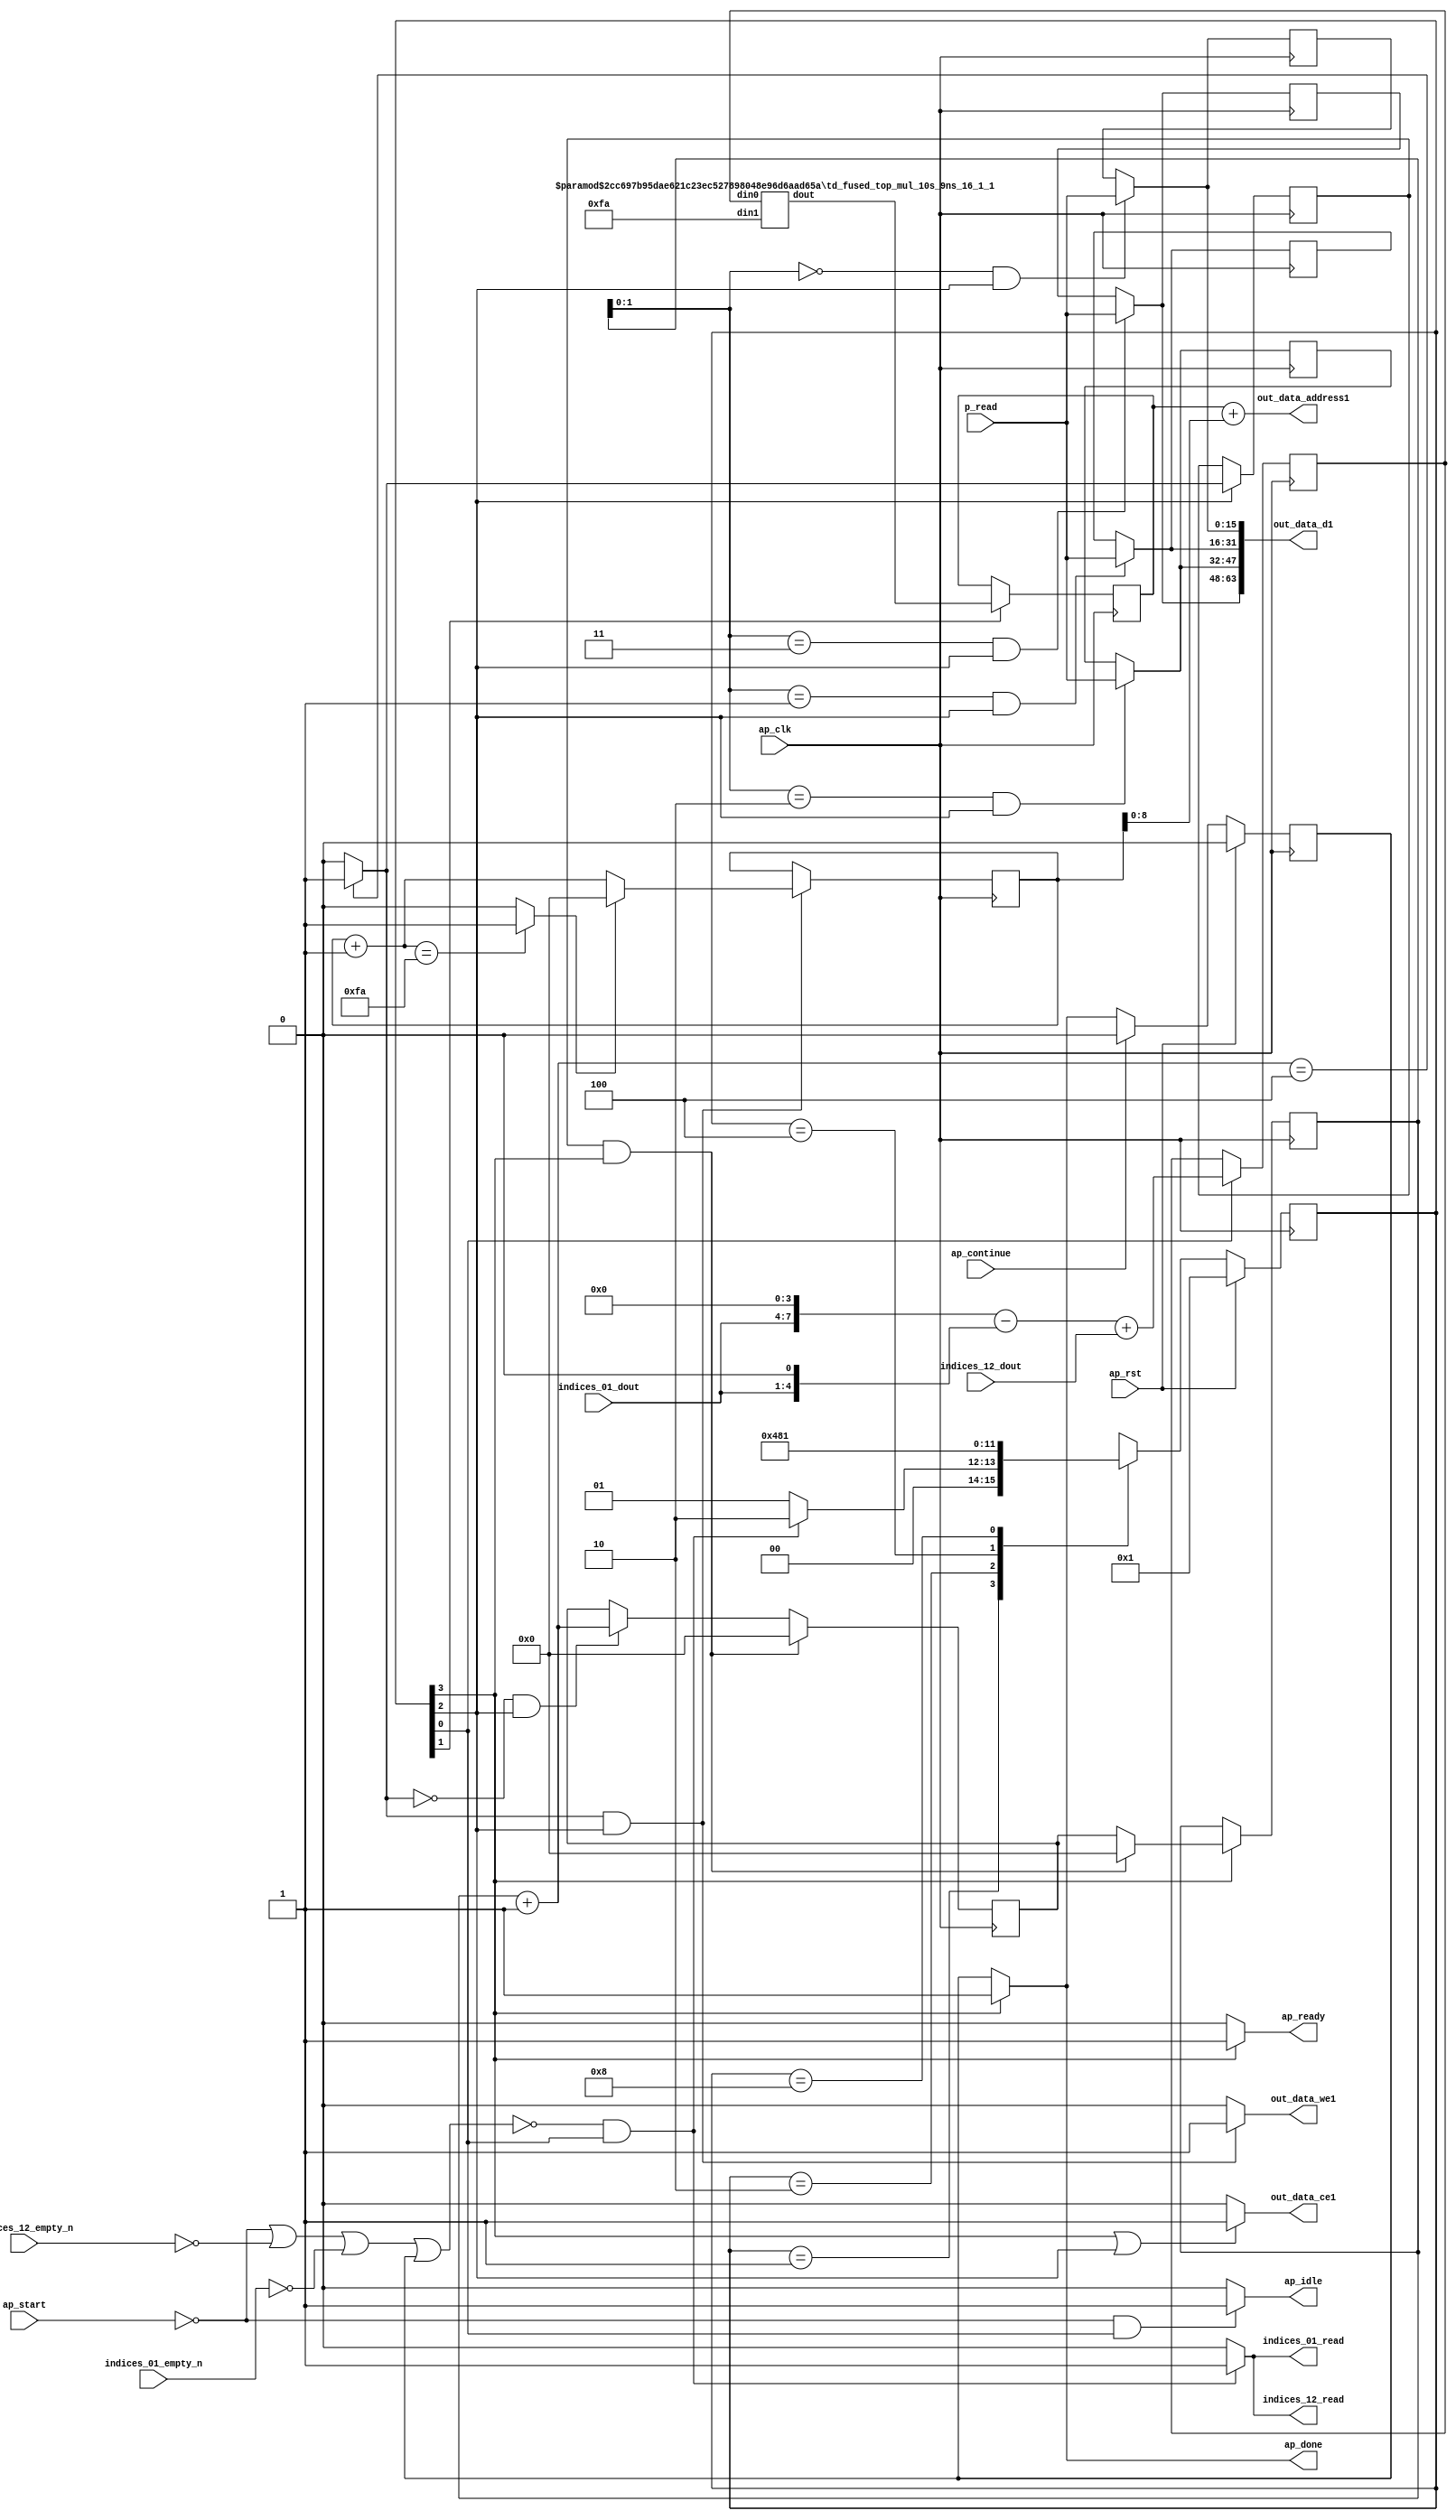
`define EXPONENT 5
`define MANTISSA 10
`define ACTUAL_MANTISSA 11
`define EXPONENT_LSB 10
`define EXPONENT_MSB 14
`define MANTISSA_LSB 0
`define MANTISSA_MSB 9
`define MANTISSA_MUL_SPLIT_LSB 3
`define MANTISSA_MUL_SPLIT_MSB 9
`define SIGN 1
`define SIGN_LOC 15
`define DWIDTH (`SIGN+`EXPONENT+`MANTISSA)
`define IEEE_COMPLIANCE 1

module td_fused_top_tdf12_writeOutputs_unaligned (
        ap_clk,
        ap_rst,
        ap_start,
        ap_done,
        ap_continue,
        ap_idle,
        ap_ready,
        indices_01_dout,
        indices_01_empty_n,
        indices_01_read,
        indices_12_dout,
        indices_12_empty_n,
        indices_12_read,
        p_read,
        out_data_address1,
        out_data_ce1,
        out_data_we1,
        out_data_d1
);

parameter    ap_ST_fsm_state1 = 4'd1;
parameter    ap_ST_fsm_state2 = 4'd2;
parameter    ap_ST_fsm_state3 = 4'd4;
parameter    ap_ST_fsm_state4 = 4'd8;

input   ap_clk;
input   ap_rst;
input   ap_start;
output   ap_done;
input   ap_continue;
output   ap_idle;
output   ap_ready;
input  [3:0] indices_01_dout;
input   indices_01_empty_n;
output   indices_01_read;
input  [7:0] indices_12_dout;
input   indices_12_empty_n;
output   indices_12_read;
input  [15:0] p_read;
output  [15:0] out_data_address1;
output   out_data_ce1;
output   out_data_we1;
output  [63:0] out_data_d1;

reg ap_done;
reg ap_idle;
reg ap_ready;
reg indices_01_read;
reg indices_12_read;
reg out_data_ce1;
reg out_data_we1;

reg    ap_done_reg;
  reg   [3:0] ap_CS_fsm;
wire    ap_CS_fsm_state1;
reg   [15:0] outputCount_2;
reg   [15:0] outputChanIdx_2;
reg   [15:0] outputRow_7_0;
reg   [15:0] outputRow_7_1;
reg   [15:0] outputRow_7_2;
reg   [15:0] outputRow_7_3;
reg    indices_01_blk_n;
reg    indices_12_blk_n;
wire   [9:0] add_ln94_fu_157_p2;
reg   [9:0] add_ln94_reg_315;
wire   [15:0] mul_ln89_fu_166_p2;
reg   [15:0] mul_ln89_reg_320;
wire    ap_CS_fsm_state2;
wire   [15:0] add_ln87_fu_204_p2;
wire    ap_CS_fsm_state3;
wire   [0:0] icmp_ln88_fu_210_p2;
reg   [0:0] icmp_ln88_reg_333;
reg   [15:0] ap_phi_mux_empty_phi_fu_112_p4;
reg   [15:0] empty_reg_109;
wire    ap_CS_fsm_state4;
wire   [63:0] zext_ln94_22_fu_237_p1;
wire   [15:0] select_ln97_fu_295_p3;
wire   [1:0] trunc_ln86_fu_176_p1;
reg   [15:0] ap_sig_allocacmp_outputRow_7_0_load;
reg   [15:0] ap_sig_allocacmp_outputRow_7_1_load;
reg   [15:0] ap_sig_allocacmp_outputRow_7_2_load;
reg   [15:0] ap_sig_allocacmp_outputRow_7_3_load;
reg    ap_block_state1;
wire   [7:0] tmp_fu_119_p3;
wire   [4:0] tmp_s_fu_131_p3;
wire   [8:0] zext_ln94_fu_127_p1;
wire   [8:0] zext_ln94_19_fu_139_p1;
wire   [8:0] sub_ln94_fu_143_p2;
wire   [9:0] sub_ln94_cast_fu_149_p1;
wire   [9:0] zext_ln94_20_fu_153_p1;
wire   [8:0] mul_ln89_fu_166_p1;
wire   [8:0] trunc_ln94_fu_224_p1;
wire   [15:0] zext_ln94_21_fu_228_p1;
wire   [15:0] add_ln94_8_fu_232_p2;
wire   [15:0] bitcast_ln94_24_fu_266_p1;
wire   [15:0] bitcast_ln94_23_fu_258_p1;
wire   [15:0] bitcast_ln94_22_fu_250_p1;
wire   [15:0] bitcast_ln94_fu_242_p1;
wire   [15:0] add_ln96_fu_283_p2;
wire   [0:0] icmp_ln97_fu_289_p2;
reg   [3:0] ap_NS_fsm;
wire    ap_ce_reg;

// power-on initialization
initial begin
#0 ap_done_reg = 1'b0;
#0 ap_CS_fsm = 4'd1;
#0 outputCount_2 = 16'd0;
#0 outputChanIdx_2 = 16'd0;
#0 outputRow_7_0 = 16'd0;
#0 outputRow_7_1 = 16'd0;
#0 outputRow_7_2 = 16'd0;
#0 outputRow_7_3 = 16'd0;
end

td_fused_top_mul_10s_9ns_16_1_1 #(
    .ID( 1 ),
    .NUM_STAGE( 1 ),
    .din0_WIDTH( 10 ),
    .din1_WIDTH( 9 ),
    .dout_WIDTH( 16 ))
mul_10s_9ns_16_1_1_U789(
    .din0(add_ln94_reg_315),
    .din1(mul_ln89_fu_166_p1),
    .dout(mul_ln89_fu_166_p2)
);

always @ (posedge ap_clk) begin
    if (ap_rst == 1'b1) begin
        ap_CS_fsm <= ap_ST_fsm_state1;
    end else begin
        ap_CS_fsm <= ap_NS_fsm;
    end
end

always @ (posedge ap_clk) begin
    if (ap_rst == 1'b1) begin
        ap_done_reg <= 1'b0;
    end else begin
        if ((ap_continue == 1'b1)) begin
            ap_done_reg <= 1'b0;
        end else if ((1'b1 == ap_CS_fsm_state4)) begin
            ap_done_reg <= 1'b1;
        end
    end
end

always @ (posedge ap_clk) begin
    if (((icmp_ln88_reg_333 == 1'd1) & (1'b1 == ap_CS_fsm_state4))) begin
        empty_reg_109 <= 16'd0;
    end else if (((icmp_ln88_fu_210_p2 == 1'd0) & (1'b1 == ap_CS_fsm_state3))) begin
        empty_reg_109 <= add_ln87_fu_204_p2;
    end
end

always @ (posedge ap_clk) begin
    if ((1'b1 == ap_CS_fsm_state1)) begin
        add_ln94_reg_315 <= add_ln94_fu_157_p2;
    end
end

always @ (posedge ap_clk) begin
    if ((1'b1 == ap_CS_fsm_state3)) begin
        icmp_ln88_reg_333 <= icmp_ln88_fu_210_p2;
    end
end

always @ (posedge ap_clk) begin
    if ((1'b1 == ap_CS_fsm_state2)) begin
        mul_ln89_reg_320 <= mul_ln89_fu_166_p2;
    end
end

always @ (posedge ap_clk) begin
    if (((icmp_ln88_fu_210_p2 == 1'd1) & (1'b1 == ap_CS_fsm_state3))) begin
        outputChanIdx_2 <= select_ln97_fu_295_p3;
    end
end

always @ (posedge ap_clk) begin
    if ((1'b1 == ap_CS_fsm_state4)) begin
        outputCount_2 <= ap_phi_mux_empty_phi_fu_112_p4;
    end
end

always @ (posedge ap_clk) begin
    if (((trunc_ln86_fu_176_p1 == 2'd0) & (1'b1 == ap_CS_fsm_state3))) begin
        outputRow_7_0 <= p_read;
    end
end

always @ (posedge ap_clk) begin
    if (((trunc_ln86_fu_176_p1 == 2'd1) & (1'b1 == ap_CS_fsm_state3))) begin
        outputRow_7_1 <= p_read;
    end
end

always @ (posedge ap_clk) begin
    if (((trunc_ln86_fu_176_p1 == 2'd2) & (1'b1 == ap_CS_fsm_state3))) begin
        outputRow_7_2 <= p_read;
    end
end

always @ (posedge ap_clk) begin
    if (((trunc_ln86_fu_176_p1 == 2'd3) & (1'b1 == ap_CS_fsm_state3))) begin
        outputRow_7_3 <= p_read;
    end
end

always @ (*) begin
    if ((1'b1 == ap_CS_fsm_state4)) begin
        ap_done = 1'b1;
    end else begin
        ap_done = ap_done_reg;
    end
end

always @ (*) begin
    if (((ap_start == 1'b0) & (1'b1 == ap_CS_fsm_state1))) begin
        ap_idle = 1'b1;
    end else begin
        ap_idle = 1'b0;
    end
end

always @ (*) begin
    if (((icmp_ln88_reg_333 == 1'd1) & (1'b1 == ap_CS_fsm_state4))) begin
        ap_phi_mux_empty_phi_fu_112_p4 = 16'd0;
    end else begin
        ap_phi_mux_empty_phi_fu_112_p4 = empty_reg_109;
    end
end

always @ (*) begin
    if ((1'b1 == ap_CS_fsm_state4)) begin
        ap_ready = 1'b1;
    end else begin
        ap_ready = 1'b0;
    end
end

always @ (*) begin
    if (((trunc_ln86_fu_176_p1 == 2'd0) & (1'b1 == ap_CS_fsm_state3))) begin
        ap_sig_allocacmp_outputRow_7_0_load = p_read;
    end else begin
        ap_sig_allocacmp_outputRow_7_0_load = outputRow_7_0;
    end
end

always @ (*) begin
    if (((trunc_ln86_fu_176_p1 == 2'd1) & (1'b1 == ap_CS_fsm_state3))) begin
        ap_sig_allocacmp_outputRow_7_1_load = p_read;
    end else begin
        ap_sig_allocacmp_outputRow_7_1_load = outputRow_7_1;
    end
end

always @ (*) begin
    if (((trunc_ln86_fu_176_p1 == 2'd2) & (1'b1 == ap_CS_fsm_state3))) begin
        ap_sig_allocacmp_outputRow_7_2_load = p_read;
    end else begin
        ap_sig_allocacmp_outputRow_7_2_load = outputRow_7_2;
    end
end

always @ (*) begin
    if (((trunc_ln86_fu_176_p1 == 2'd3) & (1'b1 == ap_CS_fsm_state3))) begin
        ap_sig_allocacmp_outputRow_7_3_load = p_read;
    end else begin
        ap_sig_allocacmp_outputRow_7_3_load = outputRow_7_3;
    end
end

always @ (*) begin
    if ((~((ap_start == 1'b0) | (ap_done_reg == 1'b1)) & (1'b1 == ap_CS_fsm_state1))) begin
        indices_01_blk_n = indices_01_empty_n;
    end else begin
        indices_01_blk_n = 1'b1;
    end
end

always @ (*) begin
    if ((~((ap_start == 1'b0) | (indices_12_empty_n == 1'b0) | (indices_01_empty_n == 1'b0) | (ap_done_reg == 1'b1)) & (1'b1 == ap_CS_fsm_state1))) begin
        indices_01_read = 1'b1;
    end else begin
        indices_01_read = 1'b0;
    end
end

always @ (*) begin
    if ((~((ap_start == 1'b0) | (ap_done_reg == 1'b1)) & (1'b1 == ap_CS_fsm_state1))) begin
        indices_12_blk_n = indices_12_empty_n;
    end else begin
        indices_12_blk_n = 1'b1;
    end
end

always @ (*) begin
    if ((~((ap_start == 1'b0) | (indices_12_empty_n == 1'b0) | (indices_01_empty_n == 1'b0) | (ap_done_reg == 1'b1)) & (1'b1 == ap_CS_fsm_state1))) begin
        indices_12_read = 1'b1;
    end else begin
        indices_12_read = 1'b0;
    end
end

always @ (*) begin
    if (((1'b1 == ap_CS_fsm_state4) | (1'b1 == ap_CS_fsm_state3))) begin
        out_data_ce1 = 1'b1;
    end else begin
        out_data_ce1 = 1'b0;
    end
end

always @ (*) begin
    if (((icmp_ln88_fu_210_p2 == 1'd1) & (1'b1 == ap_CS_fsm_state3))) begin
        out_data_we1 = 1'b1;
    end else begin
        out_data_we1 = 1'b0;
    end
end

always @ (*) begin
    case (ap_CS_fsm)
        ap_ST_fsm_state1 : begin
            if ((~((ap_start == 1'b0) | (indices_12_empty_n == 1'b0) | (indices_01_empty_n == 1'b0) | (ap_done_reg == 1'b1)) & (1'b1 == ap_CS_fsm_state1))) begin
                ap_NS_fsm = ap_ST_fsm_state2;
            end else begin
                ap_NS_fsm = ap_ST_fsm_state1;
            end
        end
        ap_ST_fsm_state2 : begin
            ap_NS_fsm = ap_ST_fsm_state3;
        end
        ap_ST_fsm_state3 : begin
            ap_NS_fsm = ap_ST_fsm_state4;
        end
        ap_ST_fsm_state4 : begin
            ap_NS_fsm = ap_ST_fsm_state1;
        end
        default : begin
            ap_NS_fsm = 'bx;
        end
    endcase
end

assign add_ln87_fu_204_p2 = (outputCount_2 + 16'd1);

assign add_ln94_8_fu_232_p2 = (mul_ln89_reg_320 + zext_ln94_21_fu_228_p1);

assign add_ln94_fu_157_p2 = ((sub_ln94_cast_fu_149_p1) + (zext_ln94_20_fu_153_p1));

assign add_ln96_fu_283_p2 = (outputChanIdx_2 + 16'd1);

assign ap_CS_fsm_state1 = ap_CS_fsm[32'd0];

assign ap_CS_fsm_state2 = ap_CS_fsm[32'd1];

assign ap_CS_fsm_state3 = ap_CS_fsm[32'd2];

assign ap_CS_fsm_state4 = ap_CS_fsm[32'd3];

always @ (*) begin
    ap_block_state1 = ((ap_start == 1'b0) | (indices_12_empty_n == 1'b0) | (indices_01_empty_n == 1'b0) | (ap_done_reg == 1'b1));
end

assign bitcast_ln94_22_fu_250_p1 = ap_sig_allocacmp_outputRow_7_1_load;

assign bitcast_ln94_23_fu_258_p1 = ap_sig_allocacmp_outputRow_7_2_load;

assign bitcast_ln94_24_fu_266_p1 = ap_sig_allocacmp_outputRow_7_3_load;

assign bitcast_ln94_fu_242_p1 = ap_sig_allocacmp_outputRow_7_0_load;

assign icmp_ln88_fu_210_p2 = ((add_ln87_fu_204_p2 == 16'd4) ? 1'b1 : 1'b0);

assign icmp_ln97_fu_289_p2 = ((add_ln96_fu_283_p2 == 16'd250) ? 1'b1 : 1'b0);

assign mul_ln89_fu_166_p1 = 16'd250;

assign out_data_address1 = zext_ln94_22_fu_237_p1;

assign out_data_d1 = {{{{bitcast_ln94_24_fu_266_p1}, {bitcast_ln94_23_fu_258_p1}}, {bitcast_ln94_22_fu_250_p1}}, {bitcast_ln94_fu_242_p1}};

assign select_ln97_fu_295_p3 = ((icmp_ln97_fu_289_p2[0:0] == 1'b1) ? 16'd0 : add_ln96_fu_283_p2);

assign sub_ln94_cast_fu_149_p1 = (sub_ln94_fu_143_p2);

assign sub_ln94_fu_143_p2 = (zext_ln94_fu_127_p1 - zext_ln94_19_fu_139_p1);

assign tmp_fu_119_p3 = {{indices_01_dout}, {4'd0}};

assign tmp_s_fu_131_p3 = {{indices_01_dout}, {1'd0}};

assign trunc_ln86_fu_176_p1 = outputCount_2[1:0];

assign trunc_ln94_fu_224_p1 = outputChanIdx_2[8:0];

assign zext_ln94_19_fu_139_p1 = tmp_s_fu_131_p3;

assign zext_ln94_20_fu_153_p1 = indices_12_dout;

assign zext_ln94_21_fu_228_p1 = trunc_ln94_fu_224_p1;

assign zext_ln94_22_fu_237_p1 = add_ln94_8_fu_232_p2;

assign zext_ln94_fu_127_p1 = tmp_fu_119_p3;

endmodule //td_fused_top_tdf12_writeOutputs_unaligned
module td_fused_top_mul_10s_9ns_16_1_1(
    din0,
    din1,
    dout);

parameter ID = 32'd1;
parameter NUM_STAGE = 32'd1;
parameter din0_WIDTH = 32'd1;
parameter din1_WIDTH = 32'd1;
parameter dout_WIDTH = 32'd1;
input[din0_WIDTH - 1:0] din0;
input[din1_WIDTH - 1:0] din1;
output[dout_WIDTH - 1:0] dout;



td_fused_top_mul_10s_9ns_16_1_1_Multiplier_0 td_fused_top_mul_10s_9ns_16_1_1_Multiplier_0_U(
    .a( din0 ),
    .b( din1 ),
    .p( dout )
);

endmodule
module td_fused_top_mul_10s_9ns_16_1_1_Multiplier_0(a, b, p);
input[10 - 1 : 0] a; 
input[9 - 1 : 0] b; 
output[16 - 1 : 0] p;

assign p = (a) * ({1'b0, b});
endmodule